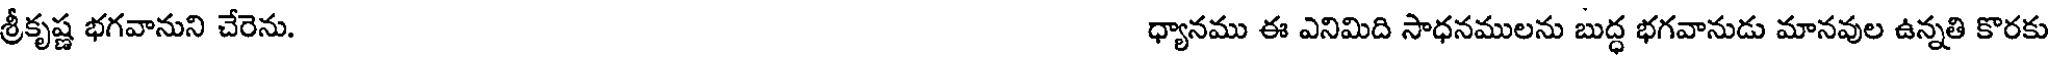
శ్రీకృష్ణ భగవానుని చేరెను. ధ్యానము ఈ ఎనిమిది సాధనములను బుద్ధ భగవానుడు మానవుల ఉన్నతి కొరకు